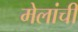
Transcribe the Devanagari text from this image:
मेलांची